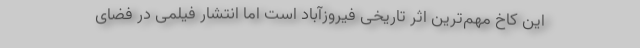
این کاخ مهم‌ترین اثر تاریخی فیروزآباد است اما انتشار فیلمی در فضای